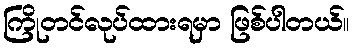
ကြိုတင်လုပ်ထားရမှာ ဖြစ်ပါတယ်။